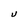
Character: U